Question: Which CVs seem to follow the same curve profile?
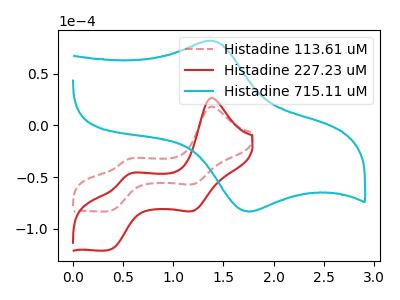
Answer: <think>The red dashed curve "Histadine 113.61 uM" has anodic peaks at (1.40V, 18.25uA) (0.55V, -32.75uA) and cathodic peaks at (1.20V, -56.65uA) (0.35V, -82.90uA). The red curve "Histadine 227.23 uM" has anodic peaks at (1.40V, 26.55uA) (0.55V, -47.65uA) and cathodic peaks at (1.20V, -82.40uA) (0.35V, -120.55uA). The cyan curve "Histadine 715.11 uM" has an anodic peak at (1.35V, 81.85uA) and a cathodic peak at (1.75V, -83.50uA).
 All the peaks in "Histadine 113.61 uM" have a peak in "Histadine 227.23 uM" at the same potential. "Histadine 113.61 uM" and "Histadine 715.11 uM" have a different number of peaks. "Histadine 227.23 uM" and "Histadine 715.11 uM" have a different number of peaks.</think>
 <answer>"Histadine 113.61 uM" and "Histadine 227.23 uM" have the same shape and are likely CV's of the same chemical.</answer>
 <eval>"Histadine 113.61 uM" "Histadine 227.23 uM"</eval>